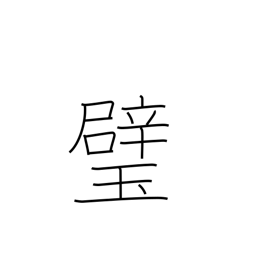
Meaning: sphere